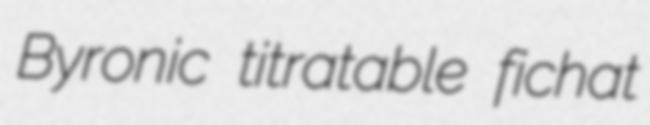
Byronic titratable fichat